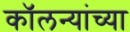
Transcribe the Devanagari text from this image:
कॉलन्यांच्या